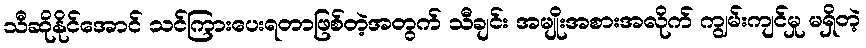
သီဆိုနိုင်အောင် သင်ကြားပေးရတာဖြစ်တဲ့အတွက် သီချင်း အမျိုးအစားအလိုက် ကျွမ်းကျင်မှု မရှိတဲ့